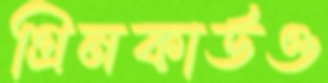
গ্রিনকার্ডও